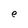
Character: a